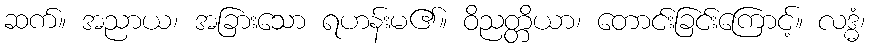
ဆက်။ အညာယ၊ အခြားသော ရဟန်းမ၏။ ဝိညတ္တိယာ၊ တောင်းခြင်းကြောင့်။ လဒ္ဓံ၊